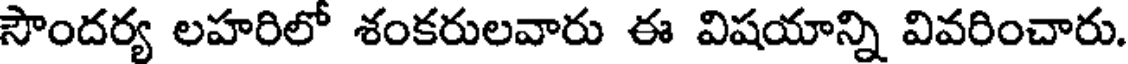
సౌందర్య లహరిలో శంకరులవారు ఈ విషయాన్ని వివరించారు.